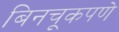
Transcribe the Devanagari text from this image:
बिनचूकपणे